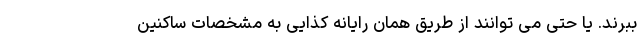
ببرند. یا حتی می توانند از طریق همان رایانه کذایی به مشخصات ساکنین